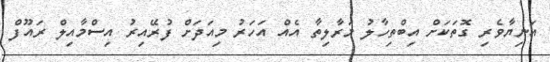
އަނިޔާވެރި ގޮތަކަށް އިބްތިހާލު މަރާލިތާ އެއް އަހަރު މިއަދަށް ފުރޭއިރު އިސްމާއިލް ރައޫފް